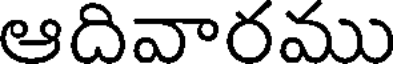
ఆదివారము